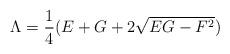
LaTeX: \begin{align*}\Lambda=\frac{1}{4}(E+G+2\sqrt{EG-F^{2}})\end{align*}